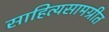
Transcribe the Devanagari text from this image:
साहित्यसामग्रीत